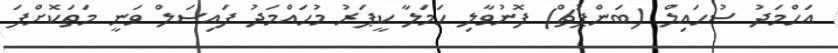
އަހްމަދު ސުހައިލް (ބަންޕުޗް) ފޮނުވާލި ހަމަލާ ކީޕަރު މުހައްމަދު ފައިސަލް ވަނީ މަތަކޮށްފަ